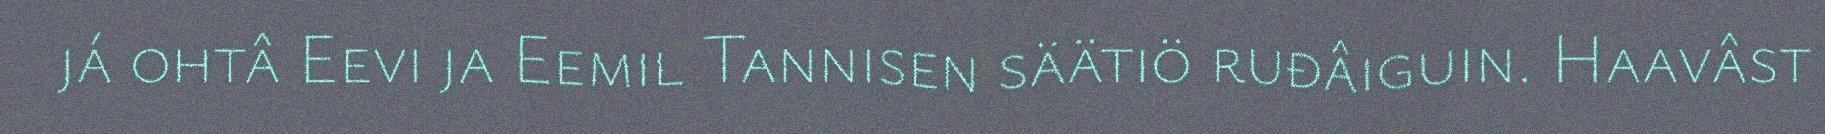
já ohtâ Eevi ja Eemil Tannisen säätiö ruđâiguin. Haavâst